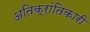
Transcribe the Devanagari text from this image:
अतिक्रांतिकारी